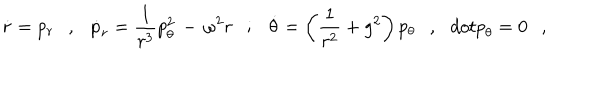
\dot { r } = p _ { r } \ \ \ , \ \ \ \dot { p } _ { r } = \frac { 1 } { r ^ { 3 } } p _ { \theta } ^ { 2 } \, - \, \omega ^ { 2 } r \ \ \ ; \ \ \ \dot { \theta } = \left( \frac { 1 } { r ^ { 2 } } + g ^ { 2 } \right) p _ { \theta } \ \ \ , \ \ \, d o t { p } _ { \theta } = 0 \ \ \ ,